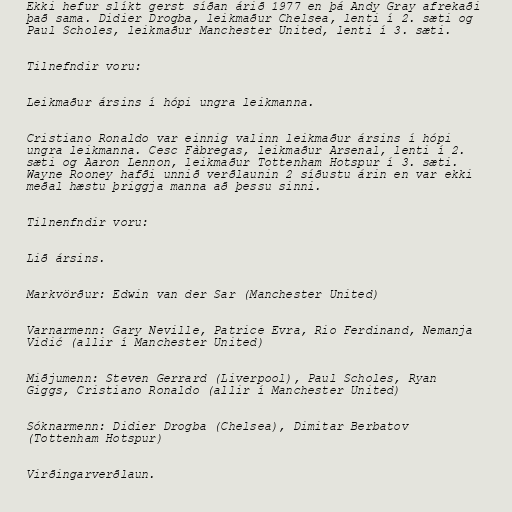
Ekki hefur slíkt gerst síðan árið 1977 en þá Andy Gray afrekaði
það sama. Didier Drogba, leikmaður Chelsea, lenti í 2. sæti og
Paul Scholes, leikmaður Manchester United, lenti í 3. sæti.

Tilnefndir voru:

Leikmaður ársins í hópi ungra leikmanna.

Cristiano Ronaldo var einnig valinn leikmaður ársins í hópi
ungra leikmanna. Cesc Fàbregas, leikmaður Arsenal, lenti í 2.
sæti og Aaron Lennon, leikmaður Tottenham Hotspur í 3. sæti.
Wayne Rooney hafði unnið verðlaunin 2 síðustu árin en var ekki
meðal hæstu þriggja manna að þessu sinni.

Tilnenfndir voru:

Lið ársins.

Markvörður: Edwin van der Sar (Manchester United)

Varnarmenn: Gary Neville, Patrice Evra, Rio Ferdinand, Nemanja
Vidić (allir í Manchester United)

Miðjumenn: Steven Gerrard (Liverpool), Paul Scholes, Ryan
Giggs, Cristiano Ronaldo (allir í Manchester United)

Sóknarmenn: Didier Drogba (Chelsea), Dimitar Berbatov
(Tottenham Hotspur)

Virðingarverðlaun.